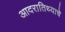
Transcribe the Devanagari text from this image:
आदरातिथ्याचे